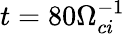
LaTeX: t=80\Omega_{ci}^{-1}